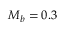
M _ { b } = 0 . 3